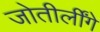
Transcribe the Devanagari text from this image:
जोतीर्लींगे